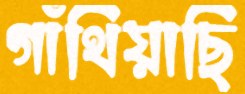
গাঁথিয়াছি